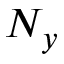
N _ { y }